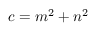
c = m ^ { 2 } + n ^ { 2 }